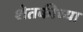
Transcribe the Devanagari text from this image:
शेतकीच्या